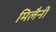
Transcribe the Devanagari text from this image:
मिलैनी